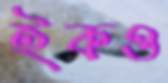
ইকও